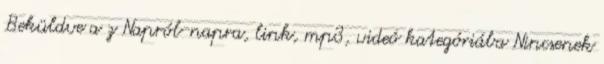
Beküldve a z Napról-napra, link, mp3, videó kategóriába Nincsenek